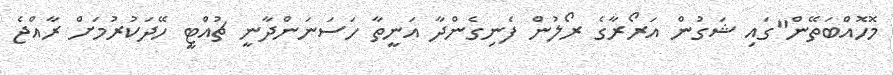
މޮހޮއްބަތޭން"ގައި ޝަގުން އަރޯރާގެ ރޯލުން ފެނިގެންދާ އަނީތާ ހަސަނަންދާނީ ޗުއްޓީ ހޭދަކުރުމަށް ރާއްޖެ